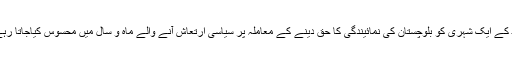
سندھ کے ایک شہری کو بلوچستان کی نمائیندگی کا حق دینے کے معاملہ پر سیاسی ارتعاش آنے والے ماہ و سال میں محسوس کیاجاتا رہے گا۔